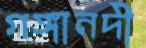
গঙ্গানদী